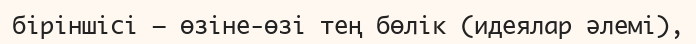
біріншісі — өзіне-өзі тең бөлік (идеялар әлемі),